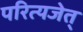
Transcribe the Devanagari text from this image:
परित्यजेत्